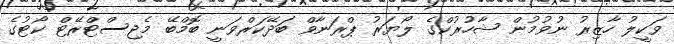
ވަކީލު ހާޒިރު ނުވުމުން ޝާހުރުކްގެ ލޯޔަރު ޕްރަނާވް ބަދޭކަރްވަނީ ބޮމްބޭ މެޖިސްޓްރޭޓް ކޯޓުގެ